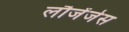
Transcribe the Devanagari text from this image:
लौजेंजेस